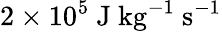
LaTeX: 2\times 10^{5}~\mathrm{{J~kg}}^{-1}~\mathrm{{s}}^{-1}